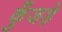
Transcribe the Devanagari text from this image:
कुँजड़े